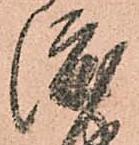
渡